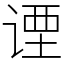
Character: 𬤇